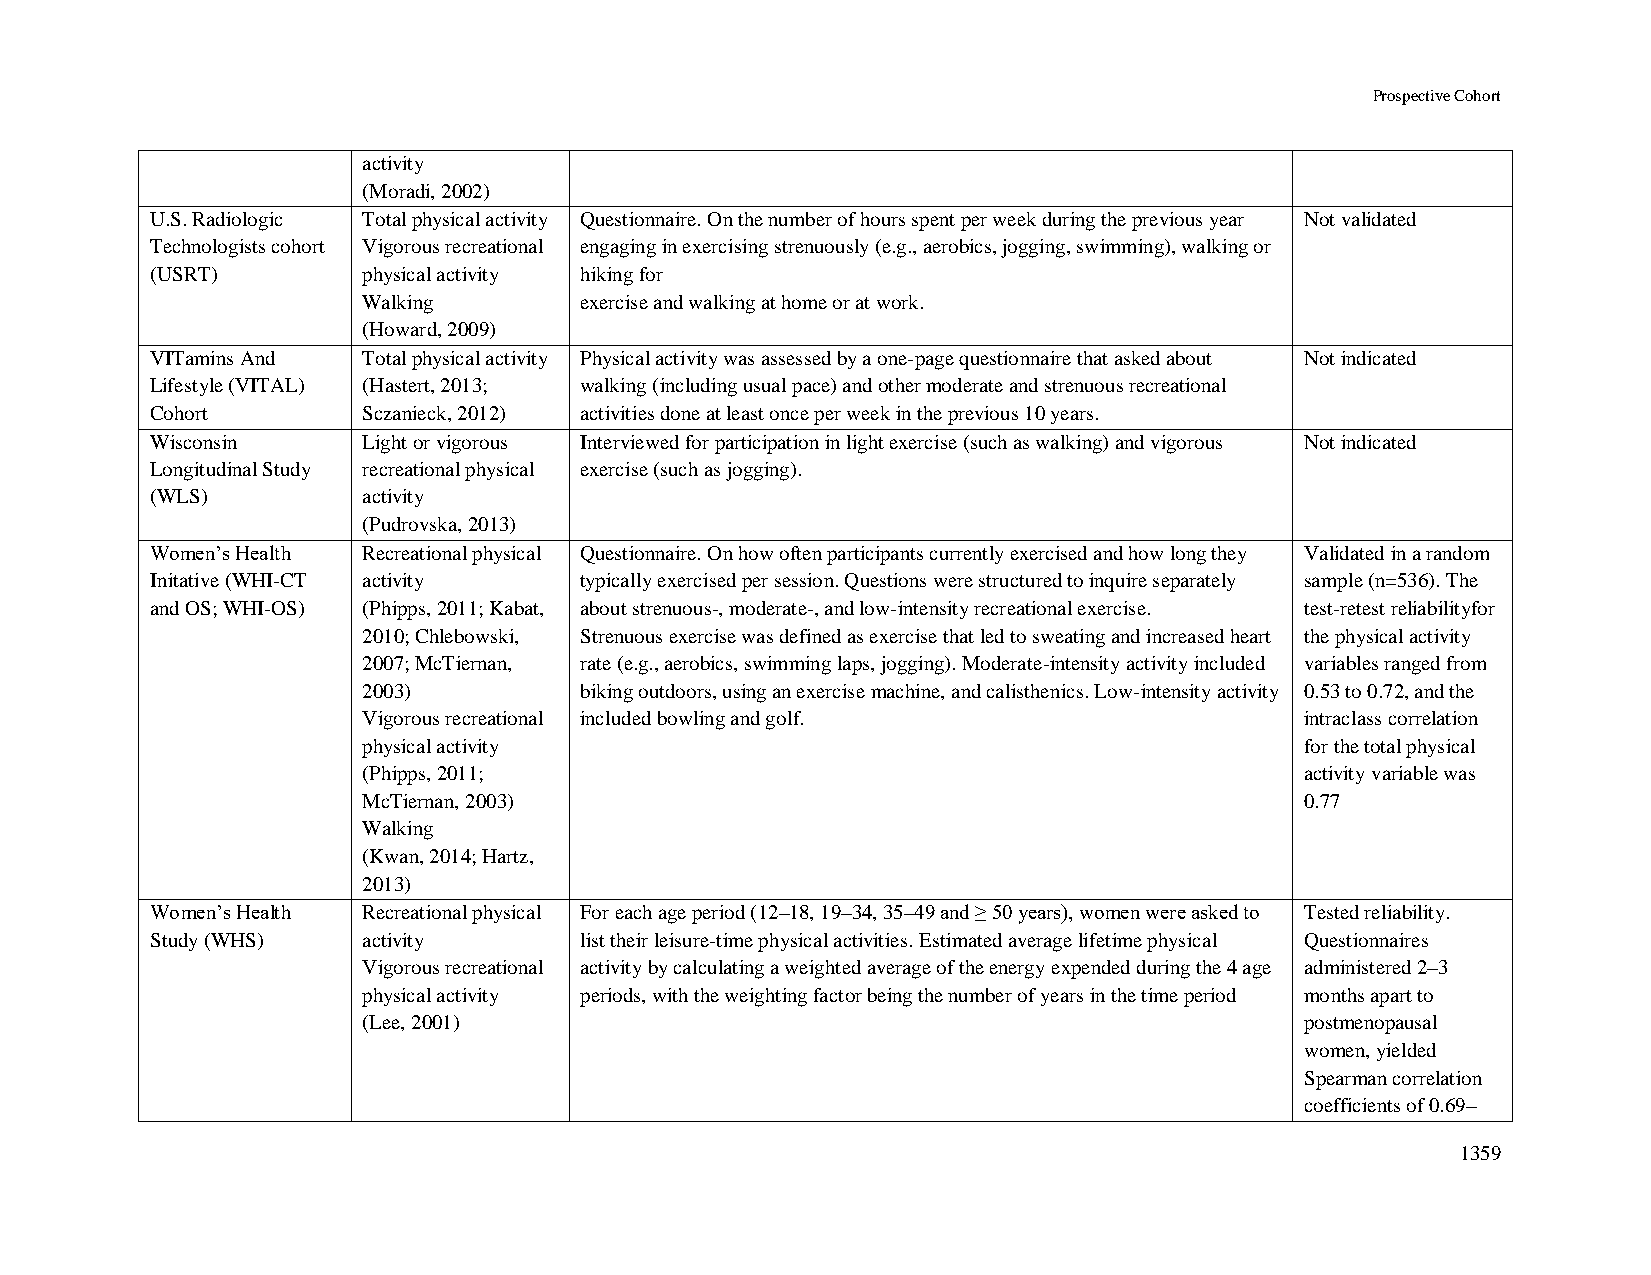
Prospective Cohort
 activity
 (Moradi, 2002)
 U.S. Radiologic Total physical activity Questionnaire. On the number of hours spent per week during the previous year Not validated
 Technologists cohort Vigorous recreational engaging in exercising strenuously (e.g., aerobics, jogging, swimming), walking or
 (USRT)        physical activity hiking for
 Walking       exercise and walking at home or at work.
 (Howard, 2009)
 VITamins And  Total physical activity Physical activity was assessed by a one-page questionnaire that asked about Not indicated
 Lifestyle (VITAL) (Hastert, 2013; walking (including usual pace) and other moderate and strenuous recreational
 Cohort        Sczanieck, 2012) activities done at least once per week in the previous 10 years.
 Wisconsin     Light or vigorous Interviewed for participation in light exercise (such as walking) and vigorous Not indicated
 Longitudinal Study recreational physical exercise (such as jogging).
 (WLS)         activity
 (Pudrovska, 2013)
 Women’s Health Recreational physical Questionnaire. On how often participants currently exercised and how long they Validated in a random
 Initative (WHI-CT activity  typically exercised per session. Questions were structured to inquire separately sample (n=536). The
 and OS; WHI-OS) (Phipps, 2011; Kabat, about strenuous-, moderate-, and low-intensity recreational exercise. test-retest reliabilityfor
 2010; Chlebowski, Strenuous exercise was defined as exercise that led to sweating and increased heart the physical activity
 2007; McTiernan, rate (e.g., aerobics, swimming laps, jogging). Moderate-intensity activity included variables ranged from
 2003)         biking outdoors, using an exercise machine, and calisthenics. Low-intensity activity 0.53 to 0.72, and the
 Vigorous recreational included bowling and golf.              intraclass correlation
 physical activity                                             for the total physical
 (Phipps, 2011;                                                activity variable was
 McTiernan, 2003)                                              0.77
 Walking
 (Kwan, 2014; Hartz,
 2013)
 Women’s Health Recreational physical For each age period (12–18, 19–34, 35–49 and ≥ 50 years), women were asked to Tested reliability.
 Study (WHS)   activity      list their leisure-time physical activities. Estimated average lifetime physical Questionnaires
 Vigorous recreational activity by calculating a weighted average of the energy expended during the 4 age administered 2–3
 physical activity periods, with the weighting factor being the number of years in the time period months apart to
 (Lee, 2001)                                                   postmenopausal
 women, yielded
 Spearman correlation
 coefficients of 0.69–
 1359